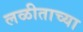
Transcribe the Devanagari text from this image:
लळीताच्या